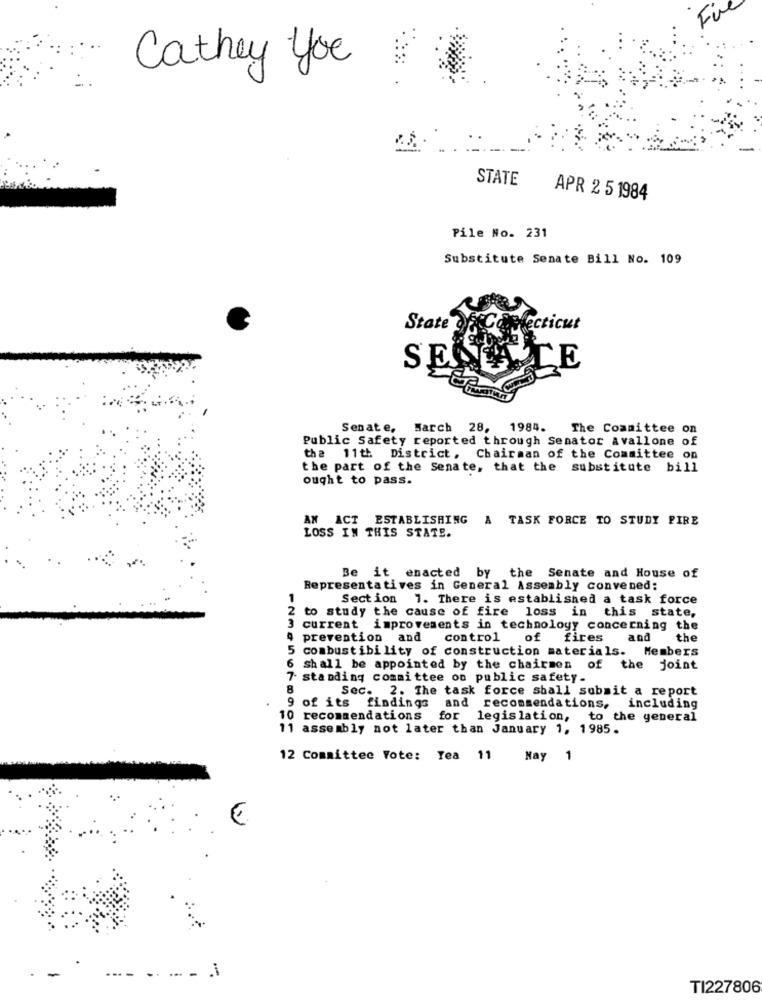
Cathey you
STATE
APR 2 5 1984
Pile No. 231
Substitute Senate Bill No. 109
State
Secticut
SES
CE
Senate, March 28,
1984.
The Committee on
Public Safety reported through Senator avallone of
the 11th District, Chairman of the Committee on
the part of the Senate, that the substitute bill
ought to pass.
AN ACT ESTABLISHING A TASK FORCE TO STUDY PIRE
LOSS IN THIS STATE.
Be it enacted by the Senate and House of
Representatives in General Assembly convened:
1
Section 1. There is established a task force
2 to study the cause of fire loss in this state,
current improvements in technology concerning the
prevention and
control
of fires
and the
5 combustibility of construction materials. Members
S shall be appointed by the chairmen of the joint
standing committee on public safety.
8
Sec. 2. The task force shall submit a report
9 of its findings and recommendations, including
10 recommendations for legislation, to the general
11 assembly not later than January 1, 1985.
12 Committee Vote: Tea 11 Nay 1
€
---
-- -
.i
TI227806